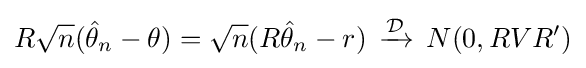
R{\sqrt {n}}({\hat {\theta }}_{n}-\theta )={\sqrt {n}}(R{\hat {\theta }}_{n}-r)\,\xrightarrow {\mathcal {D}} \,N(0,RVR')